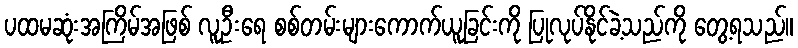
ပထမဆုံးအကြိမ်အဖြစ် လူဦးရေ စစ်တမ်းများကောက်ယူခြင်းကို ပြုလုပ်နိုင်ခဲ့သည်ကို တွေ့ရသည်။